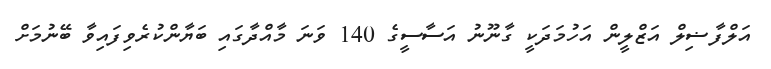
އަލްފާޟިލް އަޒްލީން އަހުމަދަކީ ގާނޫނު އަސާސީގެ 140 ވަނަ މާއްދާގައި ބަޔާންކުރެވިފައިވާ ބޭނުމަށް